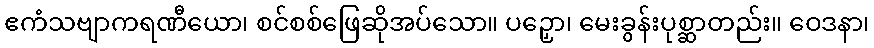
ဧကံသဗျာကရဏီယော၊ စင်စစ်ဖြေဆိုအပ်သော။ ပဉှော၊ မေးခွန်းပုစ္ဆာတည်း။ ဝေဒနာ၊